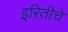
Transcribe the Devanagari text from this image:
इरितीचे